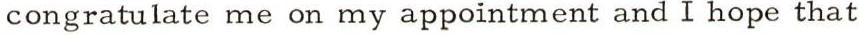
congratulate me on my appointment and I hope that